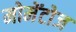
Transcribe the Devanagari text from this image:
मोमेंटोज